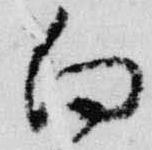
向